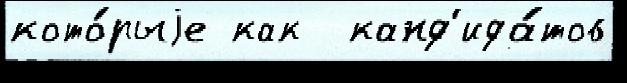
кото́рыjе как  канд'ида́тов